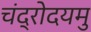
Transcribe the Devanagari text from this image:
चंद्रोदयमु